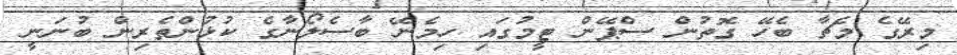
މިރޭގެ މެޗާ ބެހޭ ގޮތުން ސްޕޭން ޓީމުގައި ހިމެނޭ ބާސެލޯނާގެ ކުޅުންތެރިން ބުނަނީ